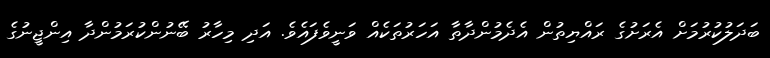
ބަދަލުކުރުމަށް އެރަށުގެ ރައްޔިތުން އެދެމުންދާތާ އަހަރުތަކެއް ވަނީވެފައެވެ. އަދި މިހާރު ބޭނުންކުރަމުންދާ އިންޖީނުގެ